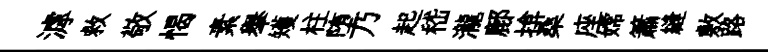
滹救敬愒素𦦙矱柱堕乃起嵇瀧鄜揜桑座嫦簫縫敷路